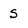
Character: s